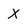
Character: X